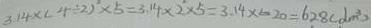
3 . 1 4 \times ( 4 \div 2 ) ^ { 2 } \times 5 = 3 . 1 4 \times 2 \times 5 = 3 . 1 4 \times 6 2 0 = 6 2 8 ( d m ^ { 3 } )